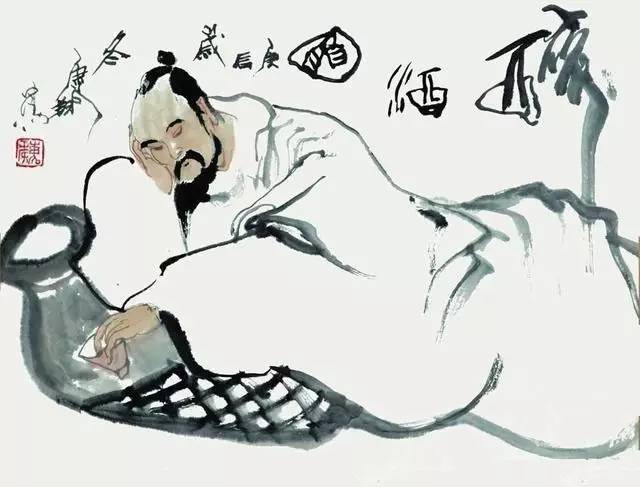
黄鸡白酒，君去村社一番秋。